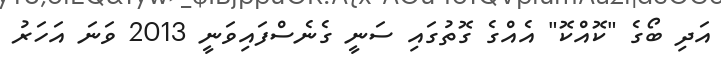
އަދި ބޯގެ "ކޮއްކޮ" އެއްގެ ގޮތުގައި ސަނީ ގެނެސްފައިވަނީ 2013 ވަނަ އަހަރު